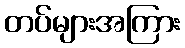
တပ်များအကြား